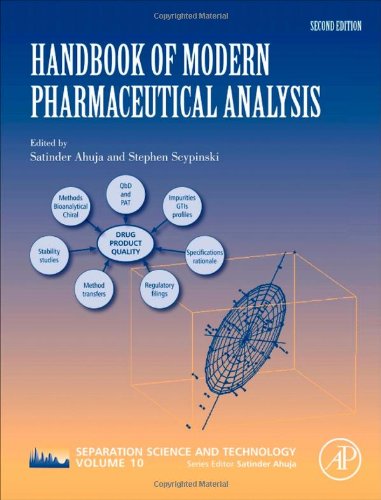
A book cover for Handbook of Modern Pharmaceutical Analysis, Volume 10, Second Edition (Separation Science and Technology); Science & Math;